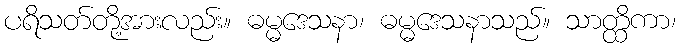
ပရိသတ်တို့အားလည်း။ ဓမ္မဒေသနာ၊ ဓမ္မဒေသနာသည်။ သာတ္ထိကာ၊